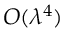
{ O } ( \lambda ^ { 4 } )